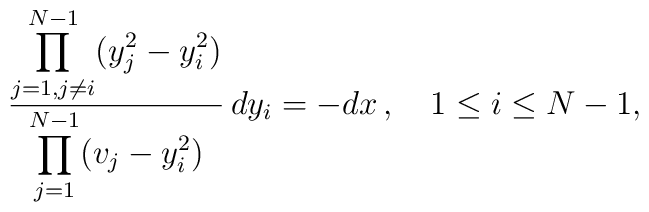
{\displaystyle\prod_{j=1,j\neq i}^{N-1} (y_{j}^{2}-y_{i}^{2})\over\displaystyle\prod_{j=1}^{N-1} (v_{j}-y_{i}^{2})}\, dy_{i} = - dx\, ,\quad 1\leq i\leq N-1,